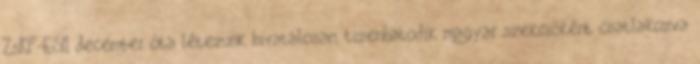
ZsKF-ESN december óta létezünk hivatalosan, tizenhatodik magyar szekcióként csatlakozva